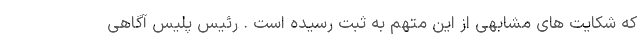
که شکایت های مشابهی از این متهم به ثبت رسیده است . رئیس پلیس آگاهی